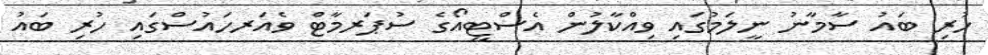
ހުރި ބައު ސާމާނު ނީލަމުގައި ވިއްކާލުން އެސްޓީއޯގެ ސުޕަރމާޓް ވެއަރހައުސްގައި ހުރި ބައު